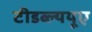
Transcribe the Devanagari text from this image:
टीडब्ल्ययूए